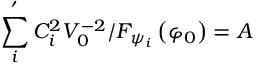
\sum _ { i } ^ { ^ { \prime } } C _ { i } ^ { 2 } V _ { 0 } ^ { - 2 } / F _ { \psi _ { i } } \left( \varphi _ { 0 } \right) = A